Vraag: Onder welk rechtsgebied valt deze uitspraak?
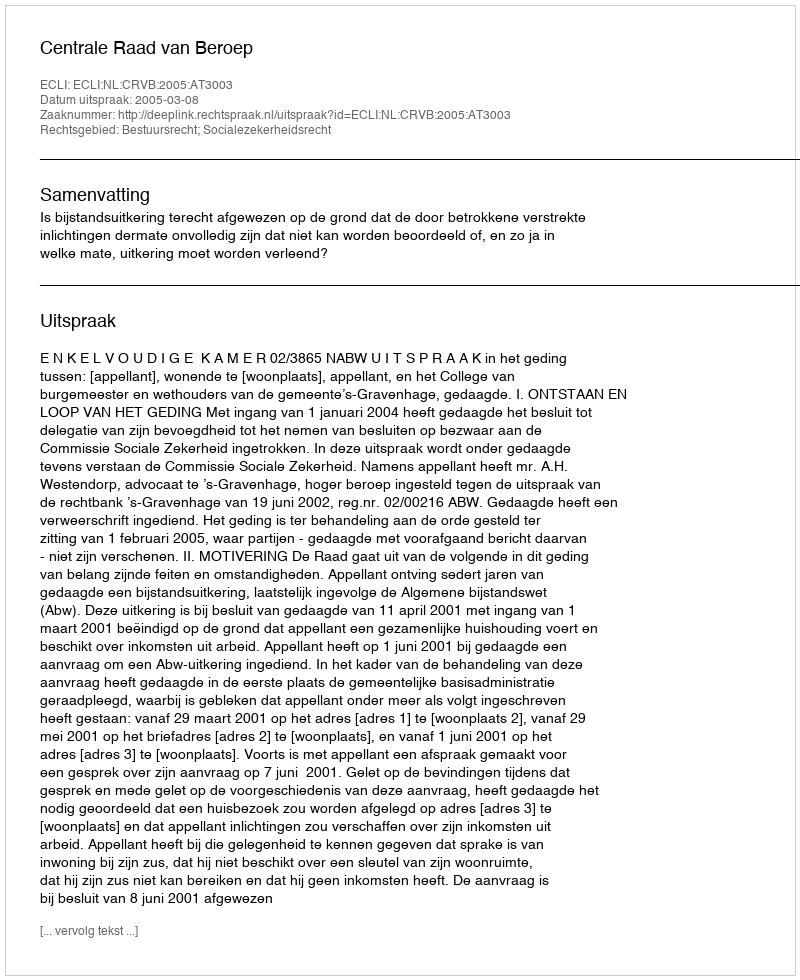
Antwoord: Bestuursrecht; Socialezekerheidsrecht